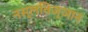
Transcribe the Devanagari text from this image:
नस्लविज्ञान